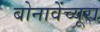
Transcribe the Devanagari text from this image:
बोनावेंच्यूरा